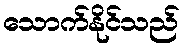
သောက်နိုင်သည်